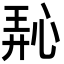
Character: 𪫵